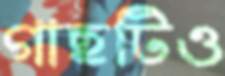
গাছটিও